Sanitation, dispensaries and jails vaccination Rajputana 1922-1927 - 1922-1927
Year: 1922
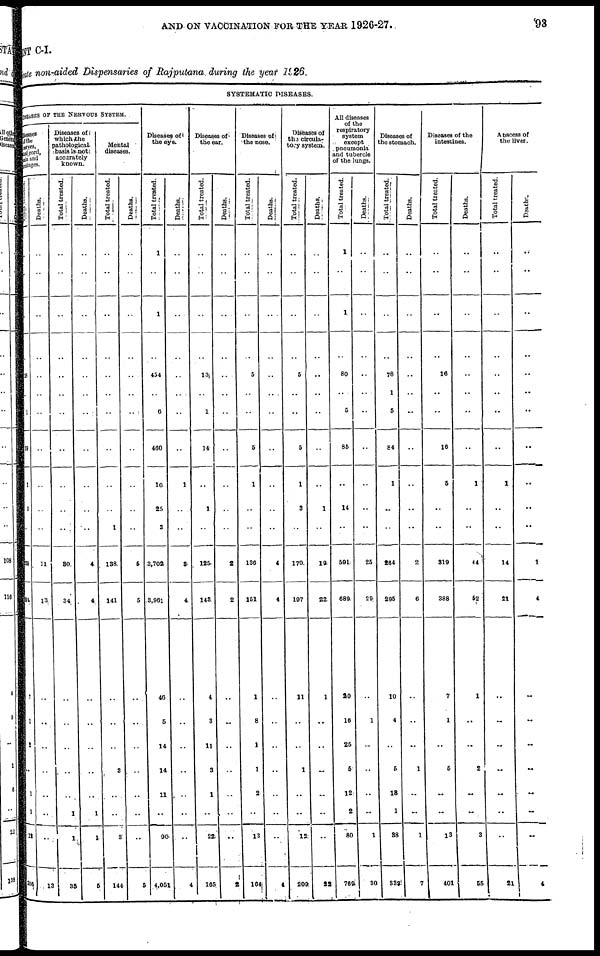
AND ON VACCINATION FOR THE YEAR 1926-27.
93
MENT
C-I.
Private
non-aided Dispensaries of Rajputana during the year 1926.
SYSTEMATIC DISEASES.
DISEASES OF THE NERVOUS SYSTEM.
Diseases
of the
nerves
spi nal cord,
br ai n and
Mininges.
Total treated.
..
..
..
..
38
..
1
39
1
3
..
139
294
7
1
2
..
1
1
11
306
Deaths.
..
..
..
..
..
..
..
..
..
..
..
11
13
..
..
..
..
..
..
..
13
Diseases of
which the
pathological,
basis is not
accurately
known.
Total treated.
..
..
..
..
..
..
..
..
..
..
..
30
34
..
..
..
..
..
1
1
35
Deaths.
..
..
..
..
..
..
..
..
..
..
..
4
4
..
..
..
..
..
1
1
5
Mental
diseases.
Total treated.
..
..
..
..
..
..
..
..
..
..
1
138
141
..
..
..
3
..
..
3
144
Deaths.
..
..
..
..
..
..
..
..
..
..
..
5
5
..
..
..
..
..
..
..
5
Diseases of
the eye.
Total treated.
1
..
1
..
454
..
6
460
10
25
3
3,702
3,961
46
5
14
14
11
..
90
4,051
Deaths.
..
..
..
..
..
..
..
..
1 ..
..
3
4
..
..
..
..
..
..
..
4
Diseases of
the ear.
Total treated.
..
..
..
..
13
..
1
14
..
1
..
125
143
4
3
11
3
1
..
22
165
Deaths.
..
..
..
..
..
..
..
..
..
..
..
2
2
..
..
..
..
..
..
..
2
Diseases of
the nose.
Total treated.
..
..
..
..
5
..
..
5
1
..
..
136
151
1
8
1
1
2
..
13
104
Deaths.
..
..
..
..
..
..
..
..
..
..
..
4
4
..
..
..
..
..
..
..
4
Diseases of
the circula-
tory system.
Total treated.
..
..
..
..
5
..
..
5
1
3
..
170
197
11
..
..
1
..
..
13
209
Deaths.
..
..
..
..
..
..
..
..
..
1
..
19
22
1
..
..
..
..
..
..
22
All diseases
of the
respiratory
system
except
pneumonia
and tubercle
of the lungs.
Total treated.
1
..
1
..
80
..
5
85
..
14
..
591
689
20
10
25
5
12
2
80
769
Deaths.
..
..
..
..
..
..
..
..
..
..
..
25
29
..
1
..
..
..
..
1
30
Diseases of
the stomach.
Total treated.
..
..
..
..
78
1
5
84
1
..
..
264
295
10
4
..
5
18
1
38
338
Deaths.
..
..
..
..
..
..
..
..
..
..
..
2
6
..
..
..
1
..
..
1
7
Diseases of the
intestines.
Total treated.
..
..
..
..
16
..
..
16
5
..
..
319
388
7
1
..
5
..
..
13
401
Deaths.
..
..
..
..
..
..
..
..
1
..
..
44
52
1
..
..
2
..
..
3
55
Abscess of
the liver.
Total treated.
..
..
..
..
..
..
..
..
1
..
..
14
21
..
..
..
..
..
..
..
21
Deaths.
..
..
..
..
..
..
..
..
..
..
..
1
4
..
..
..
..
..
..
..
4